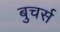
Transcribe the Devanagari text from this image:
बुचर्स